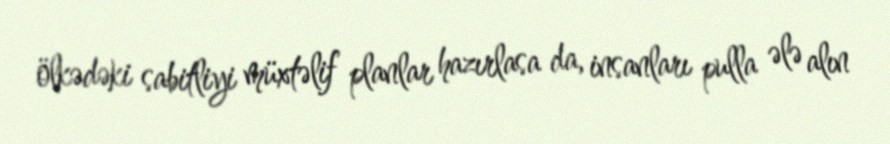
ölkədəki sabitliyi müxtəlif planlar hazırlasa da, insanları pulla ələ alın